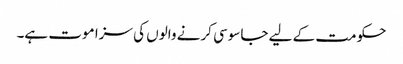
حکومت کے لیے جاسوسی کرنے والوں کی سزا موت ہے۔